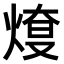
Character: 𤋓